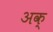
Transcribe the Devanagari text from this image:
अक्